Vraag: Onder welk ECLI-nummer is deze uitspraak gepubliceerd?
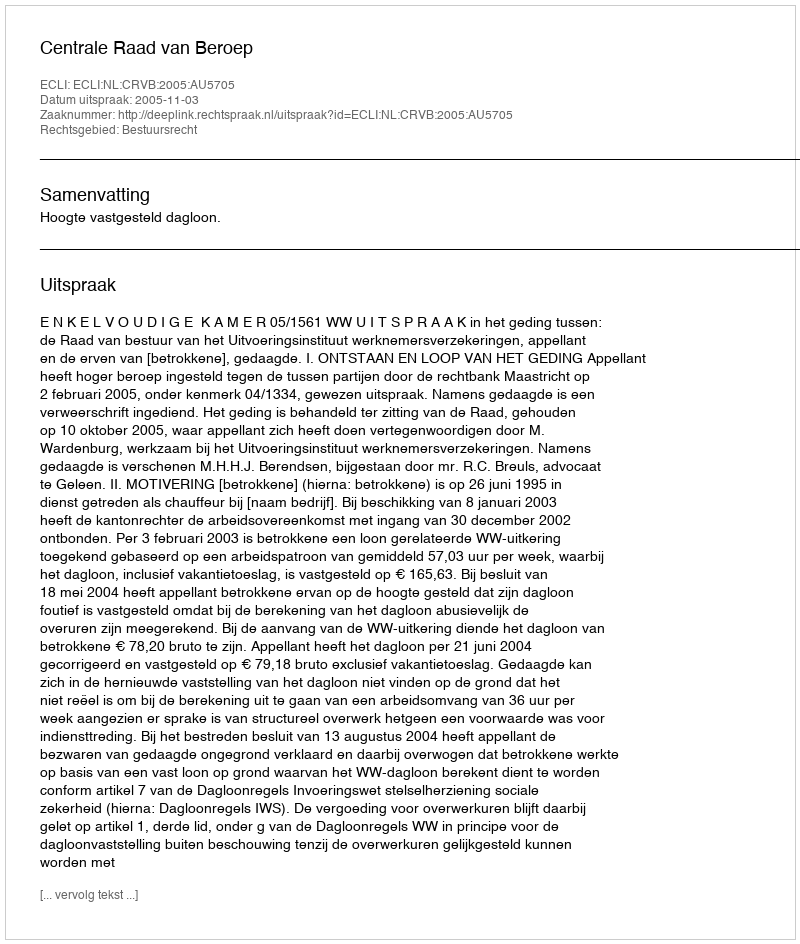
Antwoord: ECLI:NL:CRVB:2005:AU5705